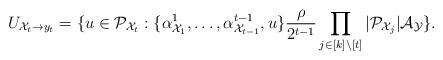
LaTeX: \begin{align*}U_{\mathcal X_t\to y_t}=\{ u\in \mathcal P_{\mathcal X_t}: \{\alpha^{1}_{\mathcal X_1}, \dots, \alpha^{t-1}_{\mathcal X_{t-1}}, u\} \frac{\rho}{2^{t-1}} \prod_{j\in [k]\setminus [t]} |\mathcal P_{\mathcal X_j}| \mathcal A_{\mathcal Y} \}.\end{align*}